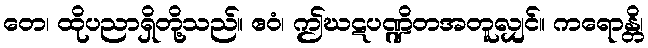
တေ၊ ထိုပညာရှိတို့သည်။ ဧဝံ၊ ဤဃဋပဏ္ဍိတအတူလျှင်။ ကရောန္တိ၊